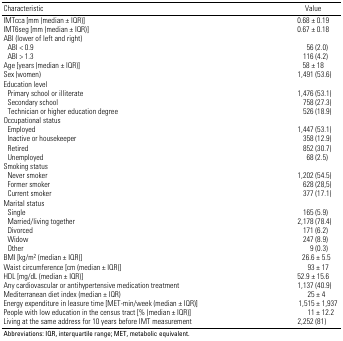
| Characteristic | Value |
 | --- | --- |
 | IMTcca [mm (median ± IQR)] | 0.68 ± 0.19 |
 | IMT6seg [mm (median ± IQR)] | 0.67 ± 0.18 |
 | ABI (lower of left and right) |
 | ABI < 0.9 | 56 (2.0) |
 | ABI > 1.3 | 116 (4.2) |
 | Age [years (median ± IQR)] | 58 ± 18 |
 | Sex (women) | 1,491 (53.6) |
 | Education level |
 | Primary school or illiterate | 1,476 (53.1) |
 | Secondary school | 758 (27.3) |
 | Technician or higher education degree | 526 (18.9) |
 | Occupational status |
 | Employed | 1,447 (53.1) |
 | Inactive or housekeeper | 358 (12.9) |
 | Retired | 852 (30.7) |
 | Unemployed | 68 (2.5) |
 | Smoking status |
 | Never smoker | 1,202 (54.5) |
 | Former smoker | 628 (28,5) |
 | Current smoker | 377 (17.1) |
 | Marital status |
 | Single | 165 (5.9) |
 | Married/living together | 2,178 (78.4) |
 | Divorced | 171 (6.2) |
 | Widow | 247 (8.9) |
 | Other | 9 (0.3) |
 | BMI [kg/m2 (median ± IQR)] | 26.6 ± 5.5 |
 | Waist circumference [cm (median ± IQR)] | 93 ± 17 |
 | HDL [mg/dL (median ± IQR)] | 52.9 ± 15.6 |
 | Any cardiovascular or antihypertensive medication treatment | 1,137 (40.9) |
 | Mediterranean diet index (median ± IQR) | 25 ± 4 |
 | Energy expenditure in leasure time [MET-min/week (median ± IQR)] | 1,515 ± 1,937 |
 | People with low education in the census tract [% (median ± IQR)] | 11 ± 12.2 |
 | Living at the same address for 10 years before IMT measurement | 2,252 (81) |
 | <COLSPAN=2> Abbreviations: IQR, interquartile range; MET, metabolicequivalent. |